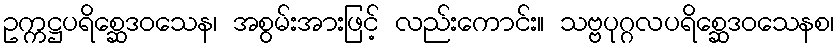
ဥက္ကဋ္ဌပရိစ္ဆေဒဝသေန၊ အစွမ်းအားဖြင့် လည်းကောင်း။ သဗ္ဗပုဂ္ဂလပရိစ္ဆေဒဝသေနစ၊